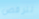
لنرقص